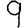
Digit: 9